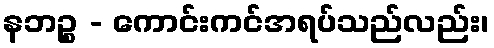
နဘဉ္စ - ကောင်းကင်အရပ်သည်လည်း၊